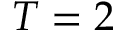
T = 2